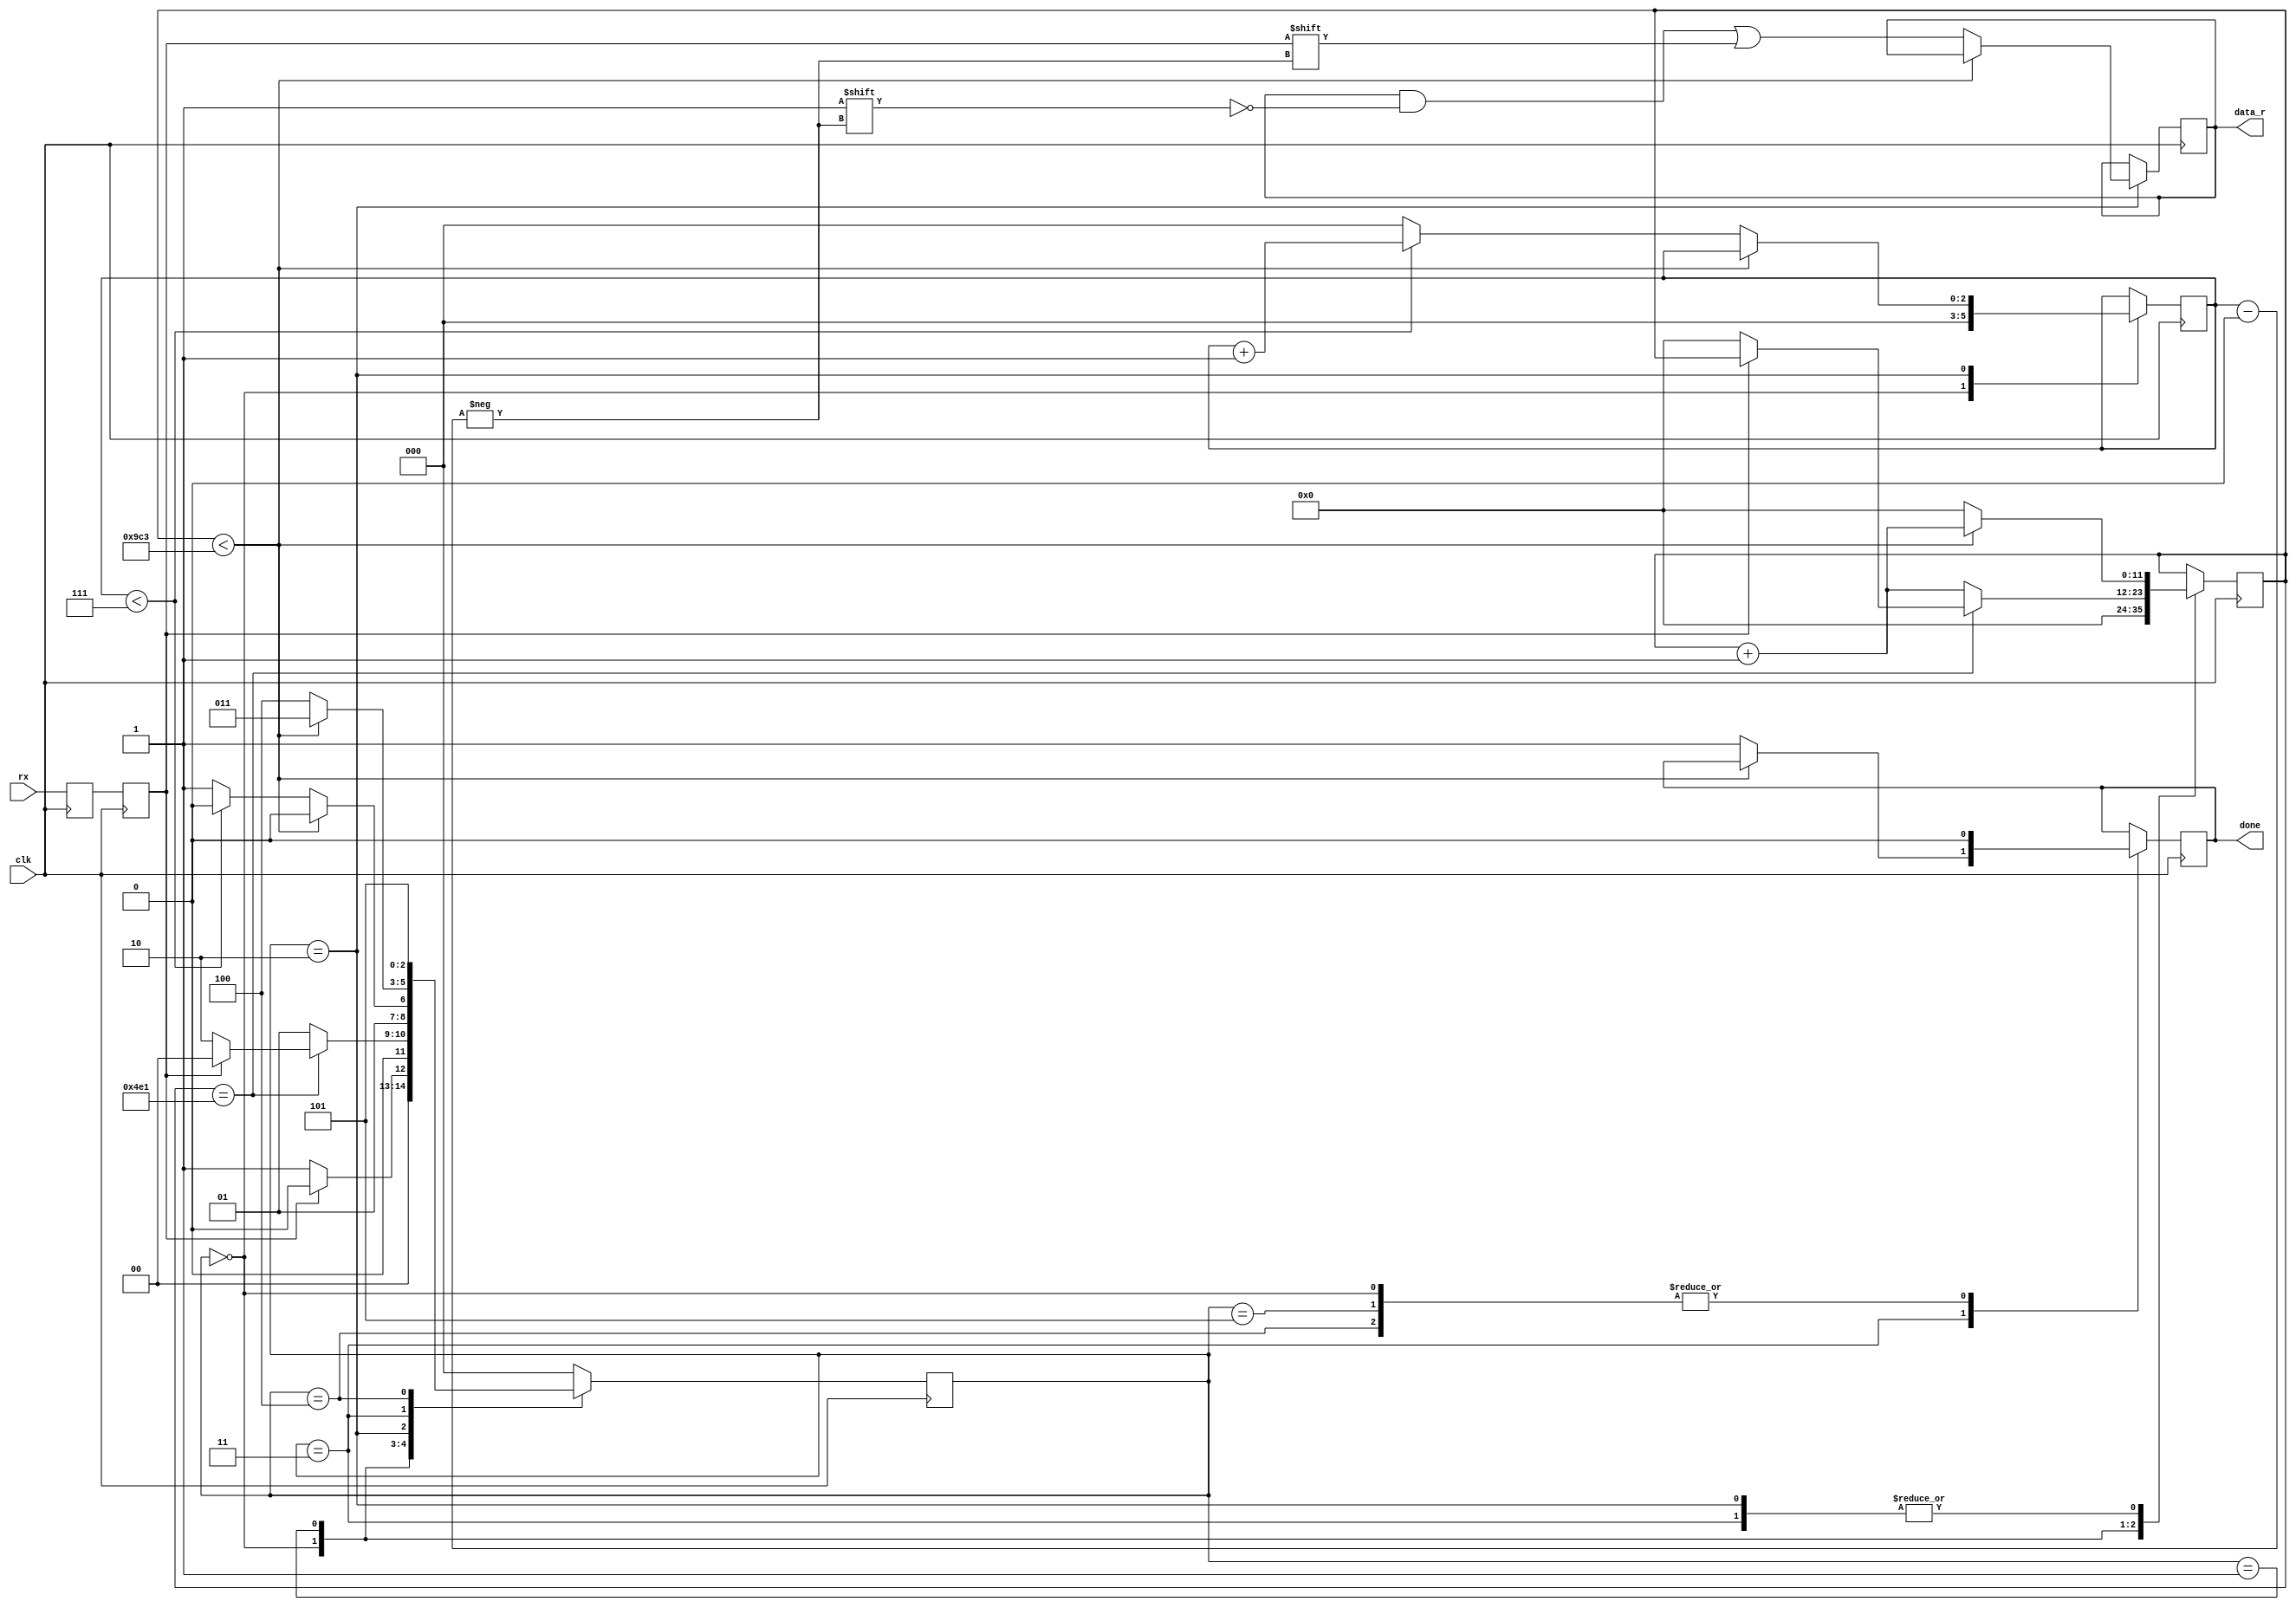
// bd_divider = clock_frequency / baudrate

module uart_rx #(parameter bd_divider=2500)
					(input wire clk, input wire rx, output reg done, 
					 output wire [7:0] data_r);

reg data_in = 1'b1; //normally high
reg data_current = 1'b1; //normally high

reg [11:0] clock_count = 'b0; //clock count mitone kheili bishtar az 10 bashe (baudrate)
reg [7:0] data = 'b0;	//chizi ke save mikonim (midim biron baadan)
reg [2:0] data_index = 'b0; //inke chandomin bit e data ro darim migirim (0~8)
reg [2:0] machine_state = 'b0; //ya idle hastim ya start ya stop ya darim data migirim
/*
0: idle
1: start
2: data
3: stop
4: 0 kardan
*/
assign data_r = data;

always @ (posedge clk)
begin
	data_in <= rx;
	data_current <= data_in;
	
	case(machine_state)
	3'b000://idle
	begin
		done <= 'b0;
		clock_count <= 'b0;
		data_index <= 'b0;
		
		if(data_current == 1'b0)//yani az full-high dar omadim data dare miad
			machine_state <= 3'b001;
		else
			machine_state <= 3'b000;
	end
	
	3'b001://start
	begin
		if(clock_count == (bd_divider-1)/2)
		begin
			if(data_current == 1'b0)
			begin
				clock_count <= 3'b000;	//vasate pulse reset mikonimesh
				machine_state <= 3'b010;
			end
			else
				machine_state <= 3'b000;// baraye safety.. vagarna asan nemishe ke
		end
		else
		begin
			clock_count <= clock_count + 1'b1;
			machine_state <= 3'b001;
		end
	end
	
	3'b010://data
	begin
		if(clock_count < bd_divider-1)
		begin
			clock_count <= clock_count + 1'b1;
			machine_state <= 3'b010;
		end
		else
		begin
			clock_count <= 3'b000; //yani bite avale data omad
			data[data_index] <= data_current;
			
			//hala bayad data_index update beshe
			if(data_index < 7)
			begin
				data_index <= data_index + 1'b1;
				machine_state <= 3'b010;
			end
			else
			begin
				data_index <= 'b0;
				machine_state <= 3'b011;
			end
		end
	end
	
	
	3'b011://stop
	begin
		if(clock_count < bd_divider-1)
		begin
			clock_count <= clock_count + 1'b1;
			machine_state <= 3'b011;
		end
		else
		begin
			done <= 1'b1;
			clock_count <= 3'b000;
			machine_state <= 3'b100;
		end
	end
	
	3'b100://baade 1 clock e stop, reset mishe hamechi
	begin
		machine_state <= 3'b101;
		done <= 1'b0;
	end
	
	3'b101://baade 1 clock e stop, reset mishe hamechi
	begin
		machine_state <= 3'b000;
		done <= 1'b0;
	end
	
	default:
	begin
		machine_state <= 3'b000;
	end
	
	endcase
end
endmodule